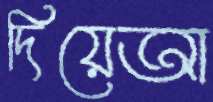
দিয়েআ